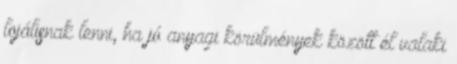
lojálisnak lenni, ha jó anyagi körülmények között él valaki